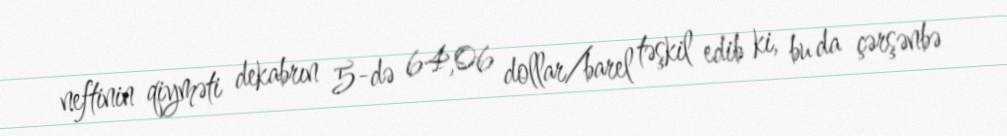
neftinin qiyməti dekabrın 5-də 64,06 dollar/barel təşkil edib ki, bu da çərşənbə